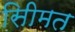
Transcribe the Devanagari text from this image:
सीिमत